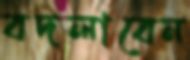
বদলাবেন